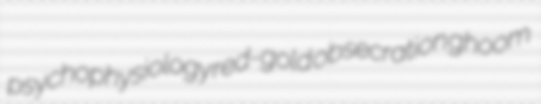
psychophysiology red-gold obsecration ghoom